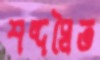
শব্দদ্বৈত